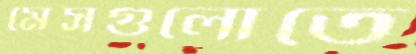
মেসগুলোতে